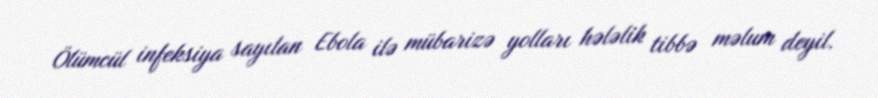
Ölümcül infeksiya sayılan Ebola ilə mübarizə yolları hələlik tibbə məlum deyil.